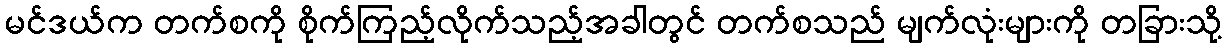
မင်ဒယ်က တက်စကို စိုက်ကြည့်လိုက်သည့်အခါတွင် တက်စသည် မျက်လုံးများကို တခြားသို့